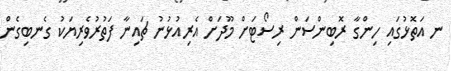
ނ އަތޮޅުގައި ހިންގާ ރޮބިންސަން ރިސޯޓަށް މޫދަށް އެރިއުޅުނު ޗައިނާ ފަތުރުވެރިޔަކު ގެނބިގެން